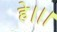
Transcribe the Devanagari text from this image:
हे।।।